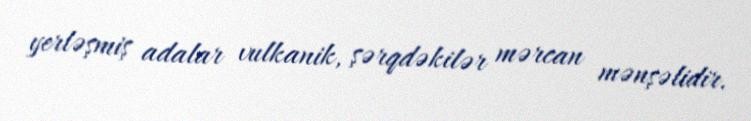
yerləşmiş adalar vulkanik, şərqdəkilər mərcan mənşəlidir.